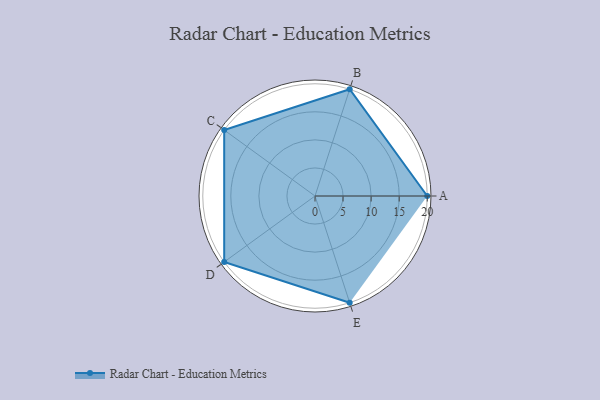
{"axis": {"x": "Skill", "y": "Score"}, "legend": ["Profile"], "data": [{"x": "A", "y": 20, "type": "Profile"}, {"x": "B", "y": 20, "type": "Profile"}, {"x": "C", "y": 20, "type": "Profile"}, {"x": "D", "y": 20, "type": "Profile"}, {"x": "E", "y": 20, "type": "Profile"}]}